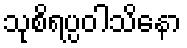
သုစိရပ္ပဝါသိနော